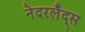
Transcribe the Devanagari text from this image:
नेदरलँद्स